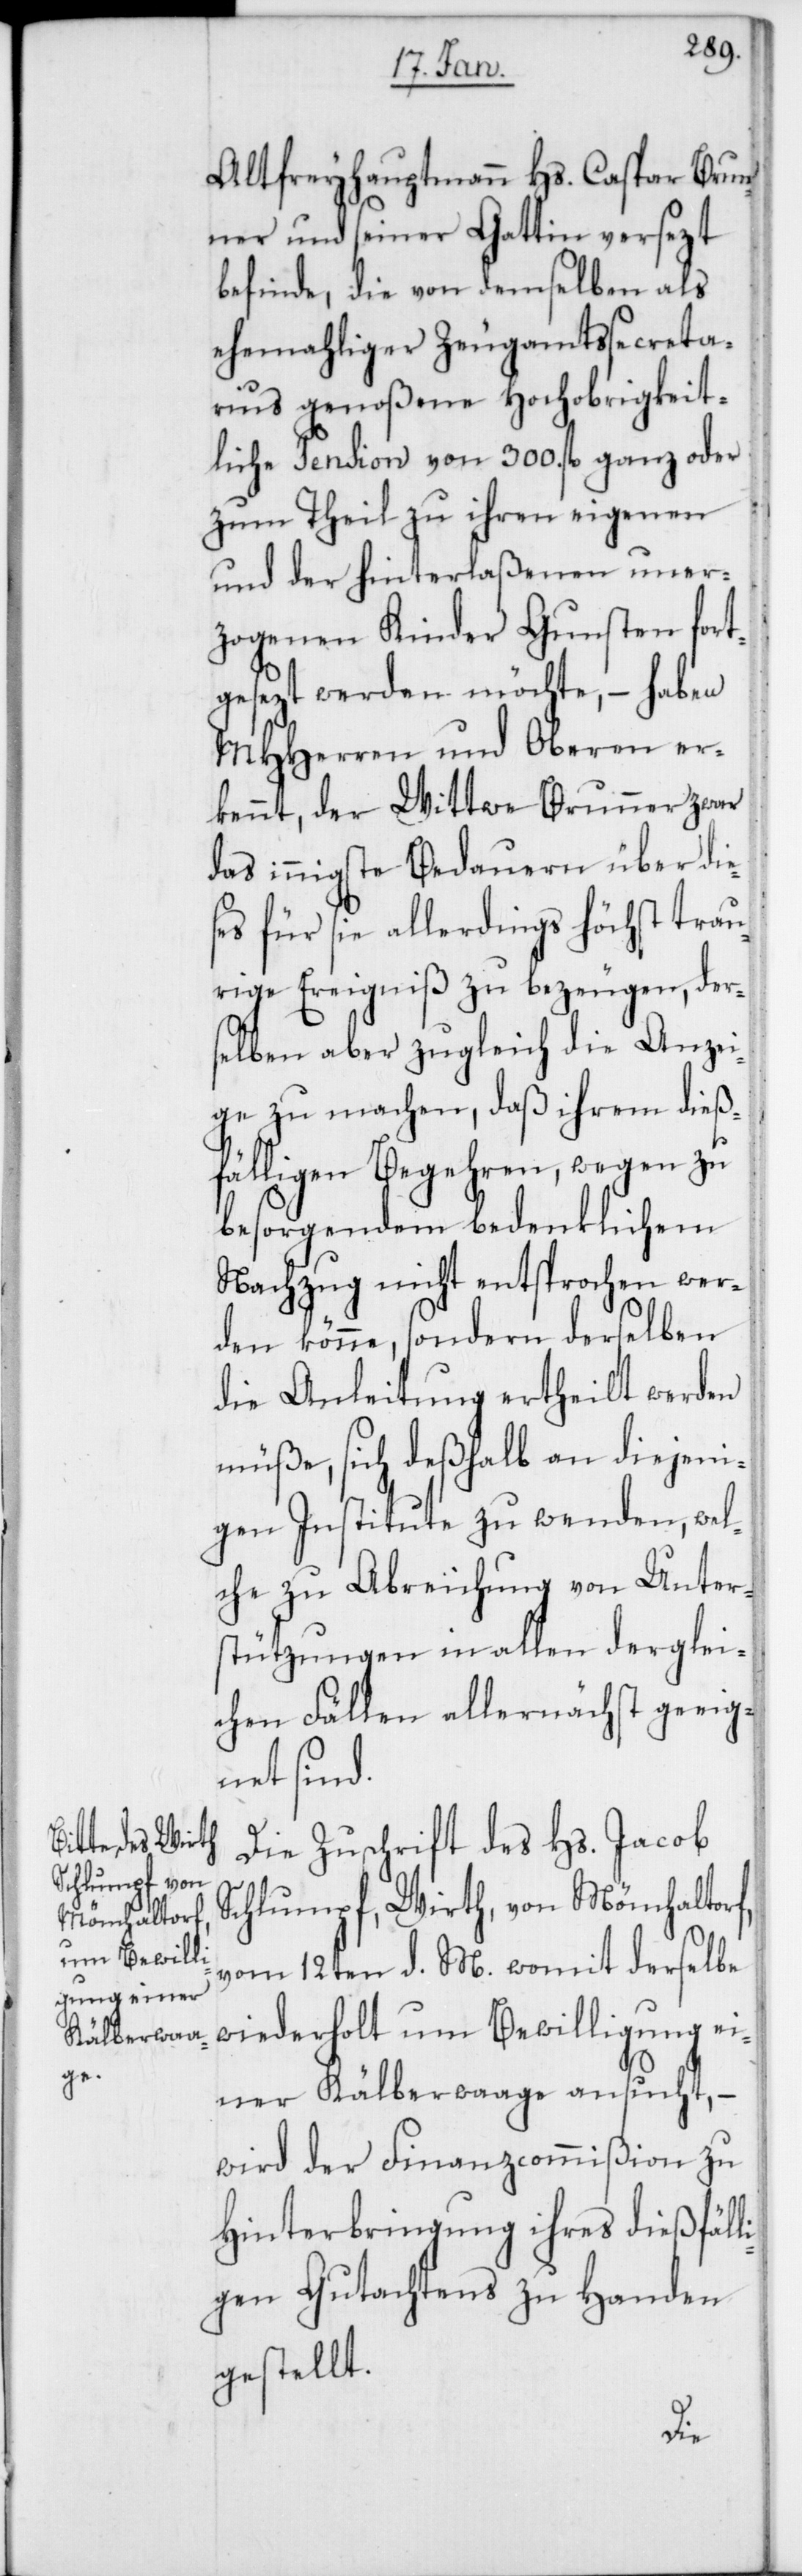
Altfreyhauptmann Hs. Caspar Brun¬
ner und seiner Gattin versezt
befinde, die von demselben als
ehemaliger Zeugamtssecreta¬
rius genoßene Hochobrigkeit¬
liche Pension von 300. fl. ganz oder
zum Theil zu ihren eigenen
und der hinterlaßenen uner¬
zogenen Kinder Gunsten fort¬
gesezt werden möchte, – haben
MHHerren und Oberen er¬
kennt, der Wittwe Brunner zwar
das innigste Bedauern über die¬
ses für sie allerdings höchst trau¬
rige Ereigniß zu bezeugen, der¬
selben aber zugleich die Anzei¬
ge zu machen, daß ihrem dieß¬
fälligen Begehren, wegen zu
besorgendem bedenklichen
Nachzug nicht entsprochen wer¬
den könne, sondern derselben
die Anleitung ertheilt werden
müße, sich deshalb an diejeni¬
gen Institute zu wenden, wel¬
che zu Abreichung von Unter¬
stützungen in allen derglei¬
chen Fällen allernächst geeig¬
net sind.
Die Zuschrift des Hs. Jacob
Schlumpf, Wirth, von Mönchaltorf,
vom 12ten d. M., womit derselbe
wiederholt um Bewilligung ei¬
ner Kälberwaage ansucht,
wird der Finanzcommißion zu
Hinterbringung ihres dießfäll¬
igen Gutachtens zu Handen
gestellt.